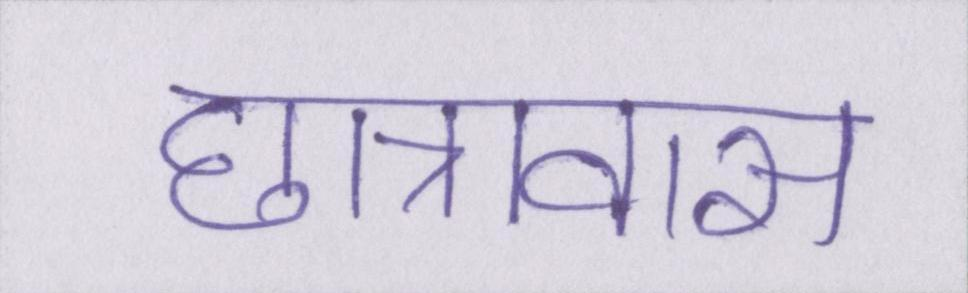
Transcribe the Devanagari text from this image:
छात्रावास